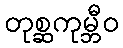
တုစ္ဆကုမ္ဘီဝ